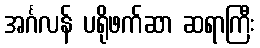
အင်္ဂလန် ပရိုဖက်ဆာ ဆရာကြီး